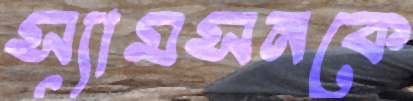
স্যামসনকে